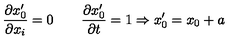
{ \frac { \partial x _ { 0 } ^ { \prime } } { \partial x _ { i } } } = 0 \qquad { \frac { \partial x _ { 0 } ^ { \prime } } { \partial t } } = 1 \Rightarrow x _ { 0 } ^ { \prime } = x _ { 0 } + a